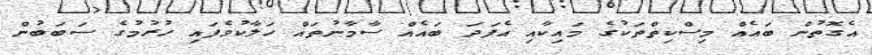
އެގޮތުން ބައެއް މިސްކިތްތަކުގެ މައިކާއި އެފަދަ ބައެއް ސާމާނުތައް ހަލާކުވެފައި ހުރުމުގެ ސަބަބުން